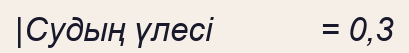
|Судың үлесі            = 0,3